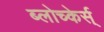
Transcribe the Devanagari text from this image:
ब्लोच्केर्स्